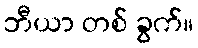
ဘီယာ တစ် ခွက်။